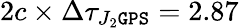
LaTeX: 2c\times\Delta\tau_{J_{2}\tt GPS}=2.87